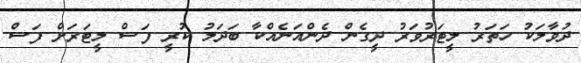
ދުވާލަކު ހަތަރު ލީޓަރުވަރު ދީގެން ދެންއަނެއްކާ ބަދަލު ކުރީ ފަސް ލީޓަރަށް ފަސް